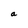
Character: a